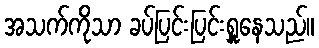
အသက်ကိုသာ ခပ်ပြင်းပြင်းရှူနေသည်။